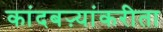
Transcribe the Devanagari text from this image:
कांदबऱ्यांकरीता